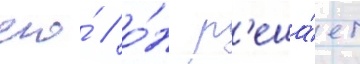
его́ / о́н р'еша́ет